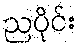
ညပိုင်း